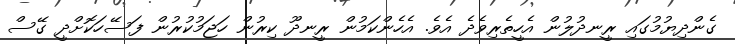
ގެންދިޔުމުގައި ރީނދުލުން އެހީތެރިވެދެ އެވެ. އެހެންކަމުން ރީނދޫ ކިރުން ހަޖަމުކުރުން ފަސޭހަކޮށްދީ ގޭސް